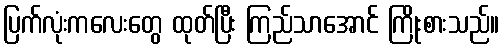
ပြက်လုံးကလေးတွေ ထုတ်ပြီး ကြည်သာအောင် ကြိုးစားသည်။